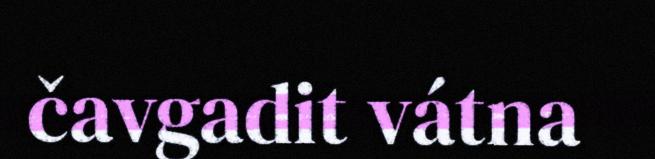
čavgadit vátna